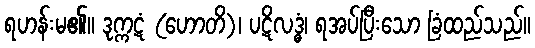
ရဟန်းမ၏။ ဒုက္ကဋံ (ဟောတိ)၊ ပဋိလဒ္ဓံ၊ ရအပ်ပြီးသော ခြံထည်သည်။